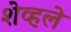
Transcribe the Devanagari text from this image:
शेव्हले